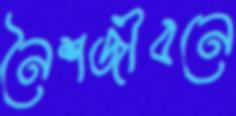
নৈশজীবনে